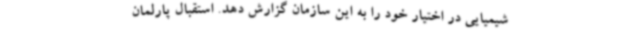
شیمیایی در اختیار خود را به این سازمان گزارش دهد. استقبال پارلمان